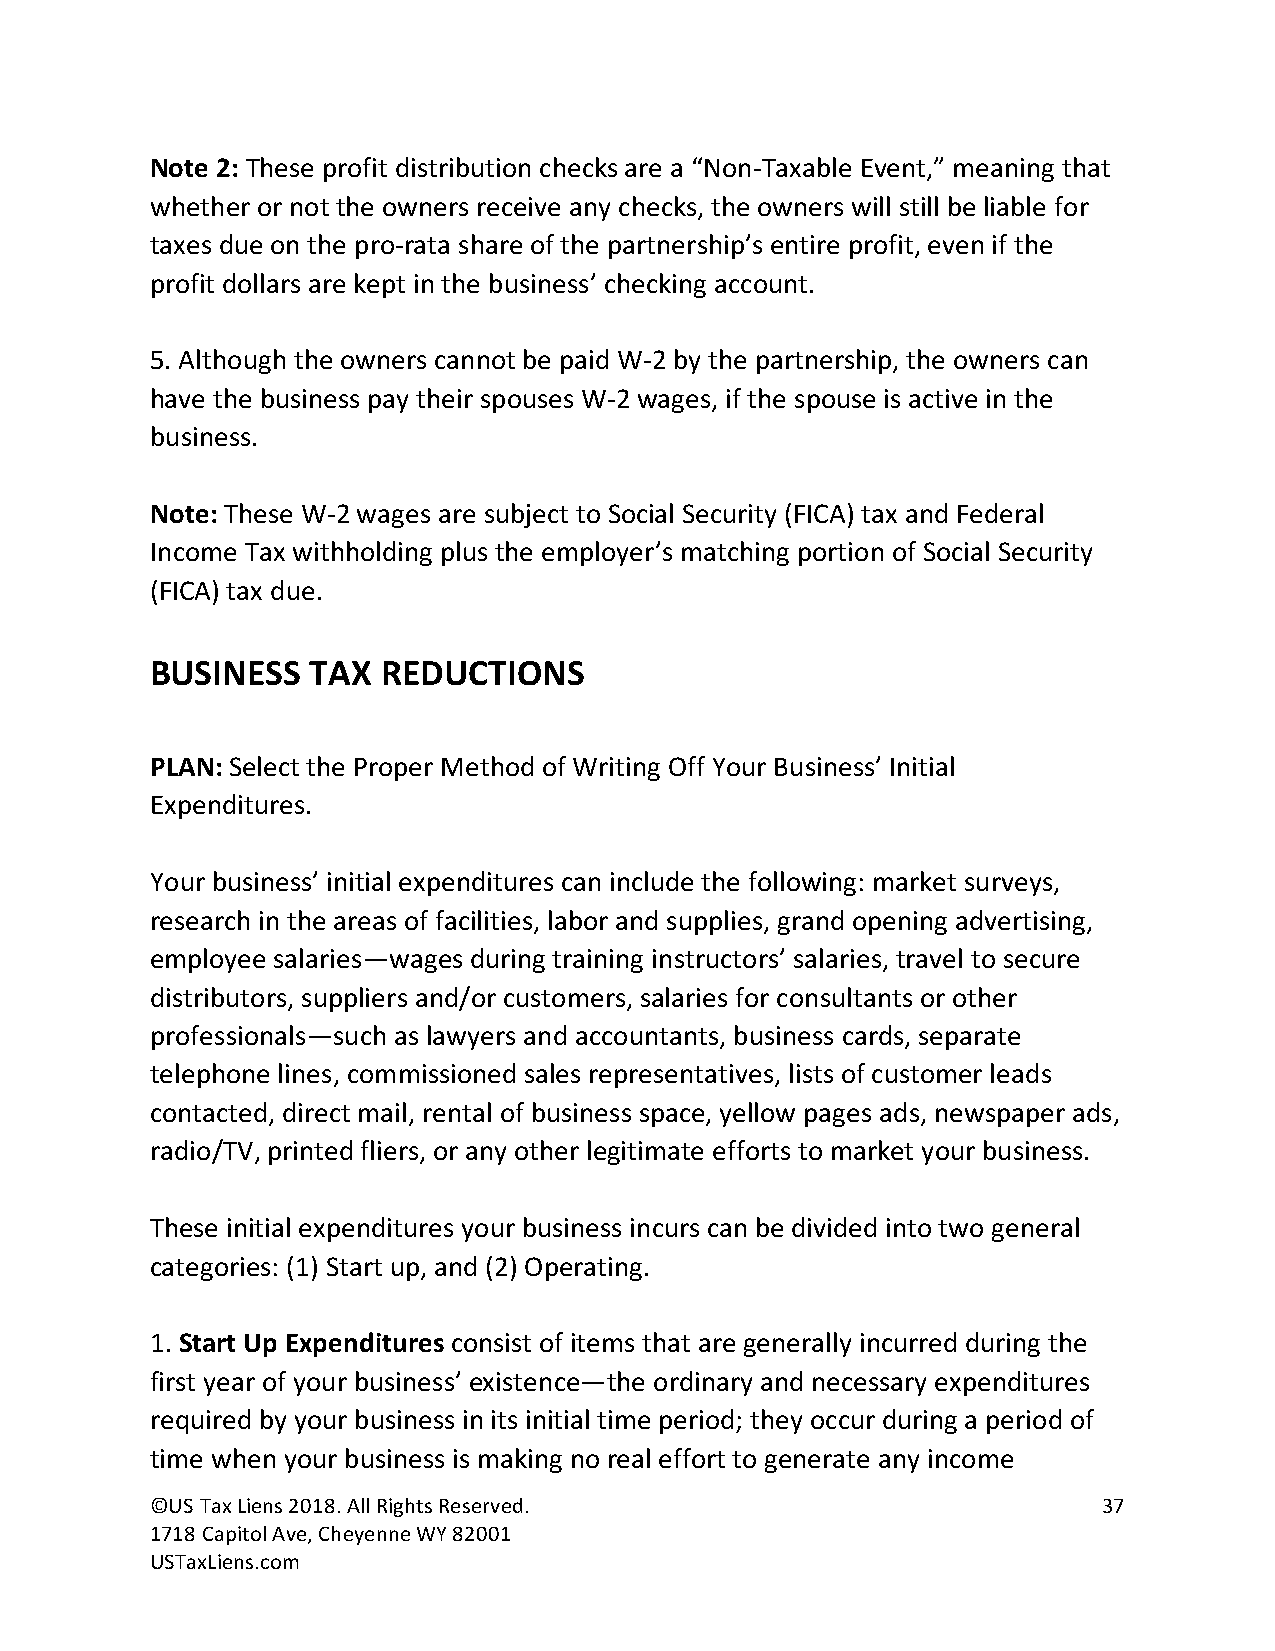
Note 2: These profit distribution checks are a “Non-Taxable Event,” meaning that
 whether or not the owners receive any checks, the owners will still be liable for
 taxes due on the pro-rata share of the partnership’s entire profit, even if the
 profit dollars are kept in the business’ checking account.
 5. Although the owners cannot be paid W-2 by the partnership, the owners can
 have the business pay their spouses W-2 wages, if the spouse is active in the
 business.
 Note: These W-2 wages are subject to Social Security (FICA) tax and Federal
 Income Tax withholding plus the employer’s matching portion of Social Security
 (FICA) tax due.
 BUSINESS   TAX REDUCTIONS
 PLAN: Select the Proper Method of Writing Off Your Business’ Initial
 Expenditures.
 Your business’ initial expenditures can include the following: market surveys,
 research in the areas of facilities, labor and supplies, grand opening advertising,
 employee salaries—wages during training instructors’ salaries, travel to secure
 distributors, suppliers and/or customers, salaries for consultants or other
 professionals—such as lawyers and accountants, business cards, separate
 telephone lines, commissioned sales representatives, lists of customer leads
 contacted, direct mail, rental of business space, yellow pages ads, newspaper ads,
 radio/TV, printed fliers, or any other legitimate efforts to market your business.
 These initial expenditures your business incurs can be divided into two general
 categories: (1) Start up, and (2) Operating.
 1. Start Up Expenditures consist of items that are generally incurred during the
 first year of your business’ existence—the ordinary and necessary expenditures
 required by your business in its initial time period; they occur during a period of
 time when your business is making no real effort to generate any income
 ©US Tax Liens 2018. All Rights Reserved.                       37
 1718 Capitol Ave, Cheyenne WY 82001
 USTaxLiens.com